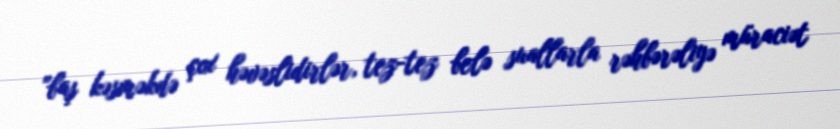
"baş kəsməkdə çox həvəslidirlər, tez-tez belə suallarla rəhbərəliyə müraciət